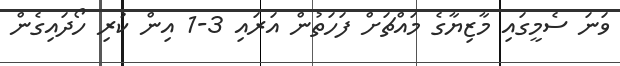
ވަނަ ސެމީގައި މާޒިޔާގެ މައްޗަށް ފަހަތުން އަރައި 3-1 އިން ކުރި ހޯދައިގެން